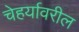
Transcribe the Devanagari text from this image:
चेहर्यावरील